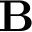
\bf B